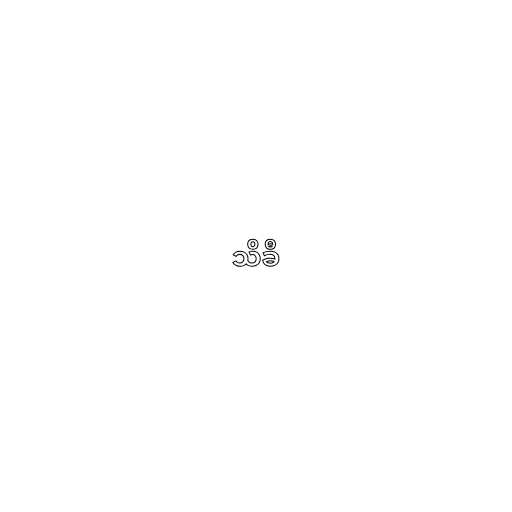
သိခီ